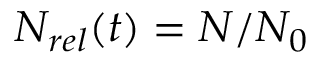
N _ { r e l } ( t ) = N / N _ { 0 }